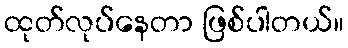
ထုတ်လုပ်နေတာ ဖြစ်ပါတယ်။